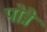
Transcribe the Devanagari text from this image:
पोन्नै